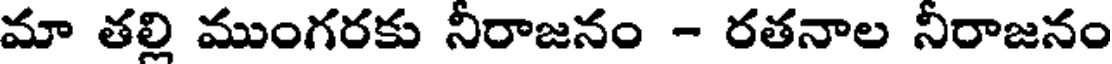
మా తల్లి ముంగరకు నీరాజనం - రతనాల నీరాజనం